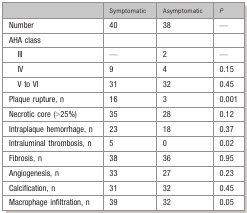
<table><thead><tr><td>[EMPTY_CELL]</td><td><b>Symptomatic</b></td><td><b>Asymptomatic</b></td><td><b><i>P</i></b></td></tr></thead><tbody><tr><td>Number</td><td>40</td><td>38</td><td>—</td></tr><tr><td>AHA class</td><td>[EMPTY_CELL]</td><td>[EMPTY_CELL]</td><td>[EMPTY_CELL]</td></tr><tr><td>III</td><td>—</td><td>2</td><td>—</td></tr><tr><td>IV</td><td>9</td><td>4</td><td>0.15</td></tr><tr><td>V to VI</td><td>31</td><td>32</td><td>0.45</td></tr><tr><td>Plaque rupture, n</td><td>16</td><td>3</td><td>0.001</td></tr><tr><td>Necrotic core (&gt;25%)</td><td>35</td><td>28</td><td>0.12</td></tr><tr><td>Intraplaque hemorrhage, n</td><td>23</td><td>18</td><td>0.37</td></tr><tr><td>Intraluminal thrombosis, n</td><td>5</td><td>0</td><td>0.02</td></tr><tr><td>Fibrosis, n</td><td>38</td><td>36</td><td>0.95</td></tr><tr><td>Angiogenesis, n</td><td>33</td><td>27</td><td>0.23</td></tr><tr><td>Calcification, n</td><td>31</td><td>32</td><td>0.45</td></tr><tr><td>Macrophage infiltration, n</td><td>39</td><td>32</td><td>0.05</td></tr></tbody></table>